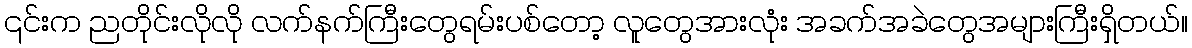
၎င်းက ညတိုင်းလိုလို လက်နက်ကြီးတွေရမ်းပစ်တော့ လူတွေအားလုံး အခက်အခဲတွေအများကြီးရှိတယ်။